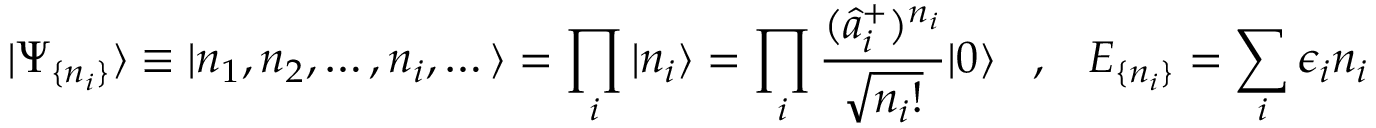
| \Psi _ { \{ n _ { i } \} } \rangle \equiv | n _ { 1 } , n _ { 2 } , \dots , n _ { i } , \dots \rangle = \prod _ { i } | n _ { i } \rangle = \prod _ { i } \frac { ( \hat { a } _ { i } ^ { + } ) ^ { n _ { i } } } { \sqrt { n _ { i } ! } } | 0 \rangle \; \; \; , \; \; \; E _ { \{ n _ { i } \} } = \sum _ { i } \epsilon _ { i } n _ { i }